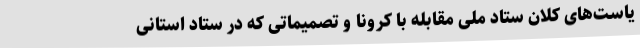
یاست‌های کلان ستاد ملی مقابله با کرونا و تصمیماتی که در ستاد استانی